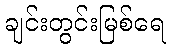
ချင်းတွင်းမြစ်ရေ